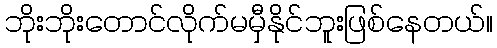
ဘိုးဘိုးတောင်လိုက်မမှီနိုင်ဘူးဖြစ်နေတယ်။